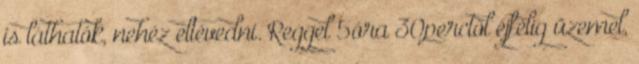
is láthatók, nehéz eltévedni. Reggel 5óra 30perctől éjfélig üzemel,